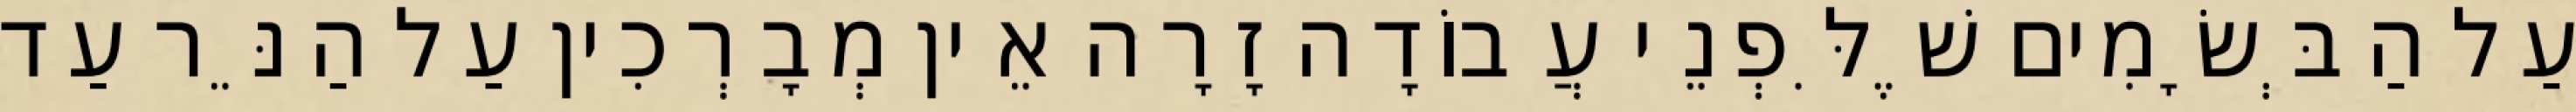
עַל הַבְּשָׂמִים שֶׁלִּפְנֵי עֲבוֹדָה זָרָה אֵין מְבָרְכִין עַל הַנֵּר עַד